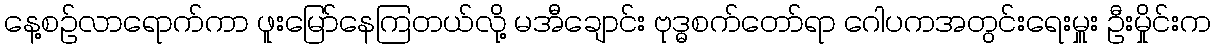
နေ့စဉ်လာရောက်ကာ ဖူးမြော်နေကြတယ်လို့ မအီချောင်း ဗုဒ္ဓစက်တော်ရာ ဂေါပကအတွင်းရေးမှူး ဦးမှိုင်းက